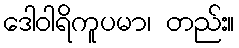
ဒေါဝါရိကူပမာ၊ တည်း။